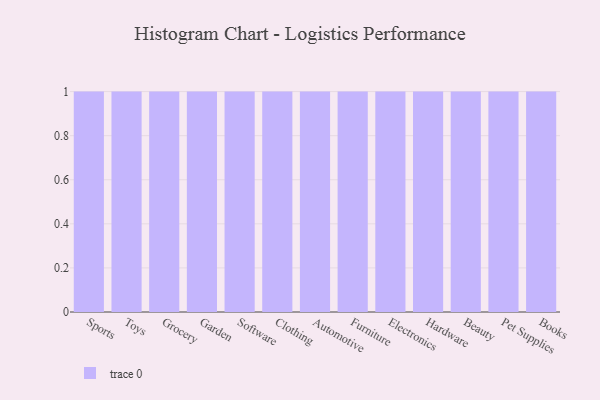
{"axis": {"x": "Category", "y": "Operating Costs (USD K)"}, "legend": [""], "data": [{"x": "Sports", "y": 88, "type": ""}, {"x": "Toys", "y": 65, "type": ""}, {"x": "Grocery", "y": 46, "type": ""}, {"x": "Garden", "y": 73, "type": ""}, {"x": "Software", "y": 74, "type": ""}, {"x": "Clothing", "y": 85, "type": ""}, {"x": "Automotive", "y": 38, "type": ""}, {"x": "Furniture", "y": 43, "type": ""}, {"x": "Electronics", "y": 81, "type": ""}, {"x": "Hardware", "y": 55, "type": ""}, {"x": "Beauty", "y": 8, "type": ""}, {"x": "Pet Supplies", "y": 64, "type": ""}, {"x": "Books", "y": 30, "type": ""}]}